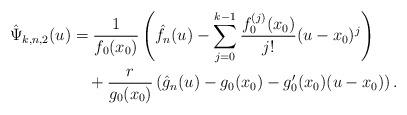
LaTeX: \begin{align*}\hat{\Psi}_{k,n,2}(u)&=\frac{1}{f_0(x_0)}\left(\hat{f}_n(u)-\sum_{j=0}^{k-1}\frac{f_0^{(j)}(x_0)}{j!}(u-x_0)^j\right)\\&\quad+\frac{r}{g_0(x_0)}\left(\hat{g}_n(u)-g_0(x_0)-g_0'(x_0)(u-x_0)\right).\end{align*}